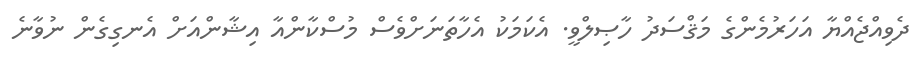
ދެވިއްޖެއްޔާ އަހަރުމެންގެ މަޤްސަދު ހާޞިލްވީ. އެކަމަކު އެހާތަނަށްވެސް މުސްކާންއާ އިޝާންއަށް އެނގިގެން ނުވާނެ